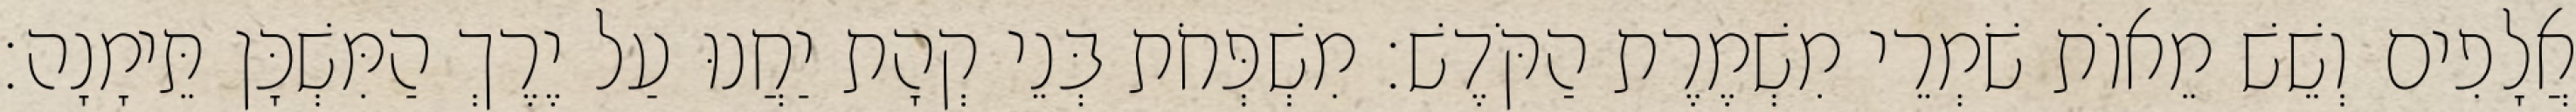
אֲלָפִים וְשֵׁשׁ מֵאוֹת שֹׁמְרֵי מִשְׁמֶרֶת הַקֹּדֶשׁ׃ מִשְׁפְּחֹת בְּנֵי קְהָת יַחֲנוּ עַל יֶרֶךְ הַמִּשְׁכָּן תֵּימָנָה׃